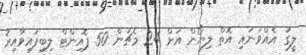
ލީގު އެއްވަނައި އޮތް ލިޔޯން އަށް 24 މެޗުން 50 ޕޮއިންޓް ލިބިފައިވާއިރު